Annual administration report of the Civil Veterinary Department of India - 1894-1895
Year: 1894
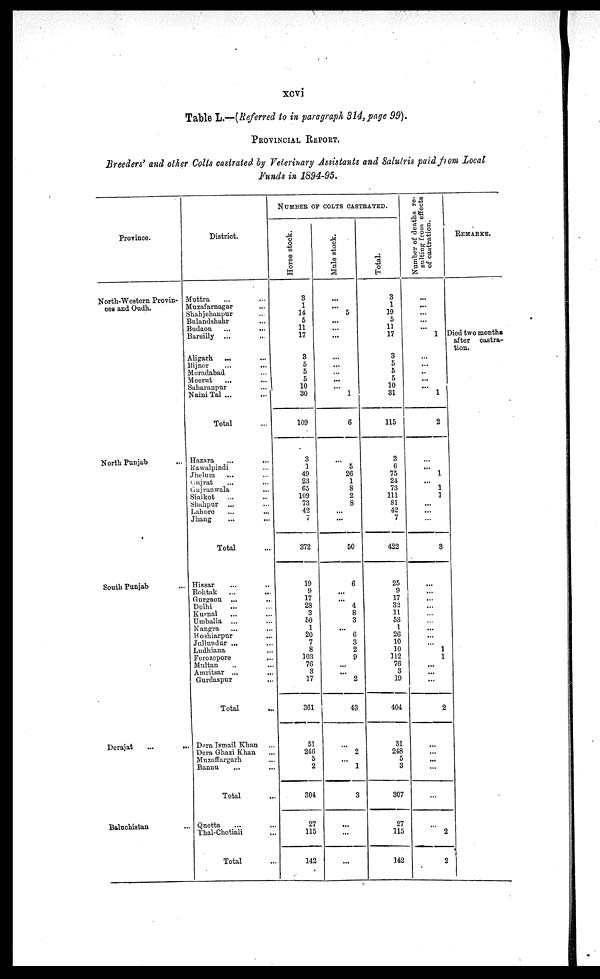
xcvi
Table L.—(Referred to in paragraph 314, page 99).
PROVINCIAL REPORT.
Breeders' and other Colts castrated by Veterinary Assistants and Salulris paid from Local
Funds in 1894-95.
Province.
North-Western Provin-
ces and Oudh.
North Punjab ...
South Punjab ...
Derajat
...
Baluchistan ...
District.
Muttra ... ...
Muzafarnagar ...
Shahjehanpur ...
Bulandshahr ...
Budaon
...
...
Bareilly ...
Aligarh ... ....
Bijnor ... ...
Moradabad ...
Meerut
...
...
Saharanpur
...
Naini Tal ...
...
Total ...
Hazara ... ...
Rawalpindi ...
Jhelum ... ...
Gujrat ... ...
Gujranwala ...
Sialkot ... ...
Shahpur ... ...
Lahore
Jhang ... ...
Total
Hissar ... ...
Rohtak
...
...
Gurgaon .. ...
Delhi
Kurnal .. ...
Umballa ... ...
Kangra ... ...
Hoshiarpur ...
Jullundur ... ...
Ludhiana ...
Ferozepore ...
Multan ... ...
Amritsar ... ...
Gurdaspur ...
Total
Dera
Ismail Khan ...
Dora Ghazi Khan ...
Muzaffargarh ...
Bannu ... ...
Total
Qnetta ... ...
Thal-Chotiali ...
Total
NUMBER OF COLTS CASTRATED.
Horse stock.
3
1
14
5
11
17
3
5
5
5
10
30
109
3
1
49
23
65
109
73
42
7
372
19
9
17
28
3
50
1
20
7
8
103
76
3
17
361
51
246
5
2
304
27
115
142
Mule stock.
...
... 5
...
...
...
...
...
...
...
... 1
6
... 5
26
1
8
2
8
...
...
50
6
...
...
4
8
3
... 6
3
2
9
...
... 2
43
...
2
...
1
3
...
...
...
Total.
3
1
19
5
11
17
3
5
5
5
10
31
115
3
6
75
24
73
111
81
42
7
422
25
9
17
32
11 53
1
26
10
10
112
76
3
19
404
51
248
5
3
307
27
115
142
Number of deaths re-
sulting from effects
of castration.
...
...
...
...
...
1
...
..
...
...
1
2
...
...
1
...
1
1
...
...
3
...
...
...
...
...
...
...
...
... 1
1
...
...
...
2
...
...
...
...
...
...
2
2
REMARKS.
Died two months
after castra-
tion.